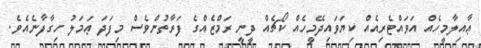
ޢާއިލާމީހެއް އަވައްޓެރިއެއް ކިޔަވައިދޭމީހެއް ކޯޗެއް ދީނީ ރަމްޒެއްގެ ފަރާތުންވެސް މިފަދަ ޢަމަލު ހިގާފާނެއެވެ.